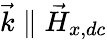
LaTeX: \vec{k}\parallel\vec{H}_{x,dc}